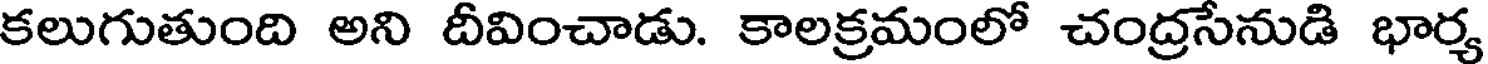
కలుగుతుంది అని దీవించాడు. కాలక్రమంలో చంద్రసేనుడి భార్య